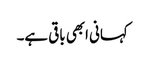
کہانی ابھی باقی ہے۔